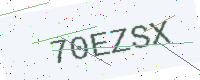
Text: 70EZSX